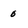
Character: 0